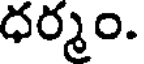
ధర్మం.